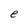
Character: e